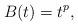
LaTeX: \begin{align*}B(t) = t^p,\end{align*}